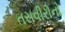
તસવીરોનો